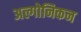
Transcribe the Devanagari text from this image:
अल्गोनिकन